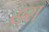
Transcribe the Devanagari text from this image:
स़रा